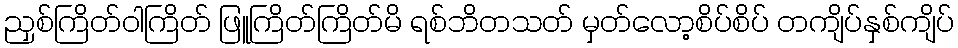
ညှစ်ကြိတ်ဝါကြိတ် ဖြူကြိတ်ကြိတ်မိ ရစ်ဘိတသတ် မှတ်လော့စိပ်စိပ် တကျိပ်နှစ်ကျိပ်